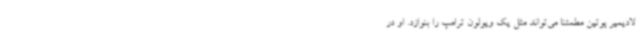
لادیمیر پوتین مطمئنا می‌تواند مثل یک ویولون ترامپ را بنوازد. او در